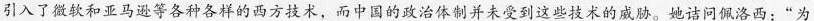
引入了微软和亚马逊等各种各样的西方技术，而中国的政治体制并未受到这些技术的威胁。她诘问佩洛西：”为